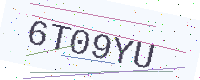
Text: 6T09YU